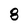
Character: 8